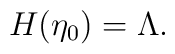
H(\eta_0)=\Lambda.